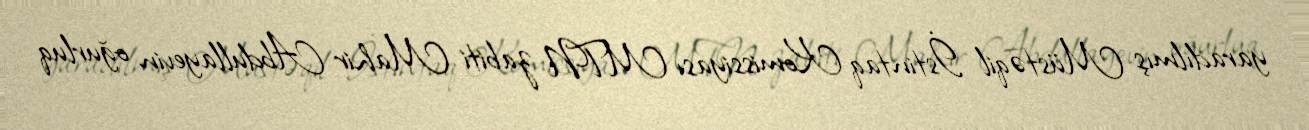
yaradılmış Müstəqil İstintaq Komissiyası MTN zabiti Mahir Abdullayevin oğurluq